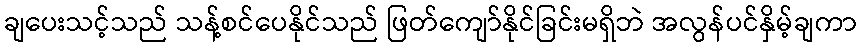
ချပေးသင့်သည် သန့်စင်ပေနိုင်သည် ဖြတ်ကျော်နိုင်ခြင်းမရှိဘဲ အလွန်ပင်နှိမ့်ချကာ